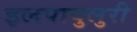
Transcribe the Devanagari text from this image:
इलपावुलुरी